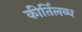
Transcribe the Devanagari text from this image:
कीर्तिलब्ध